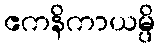
ဧကနိကာယမ္ပိ